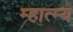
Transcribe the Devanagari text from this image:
म्हात्म्य